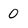
Character: 0